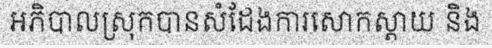
អភិបាលស្រុកបានសំដែងការសោកស្តាយ និង